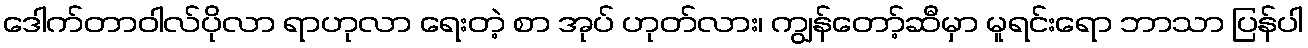
ဒေါက်တာဝါလ်ပိုလာ ရာဟုလာ ရေးတဲ့ စာ အုပ် ဟုတ်လား၊ ကျွန်တော့်ဆီမှာ မူရင်းရော ဘာသာ ပြန်ပါ